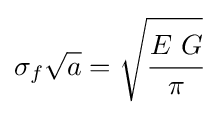
\sigma _{f}{\sqrt {a}}={\sqrt {\cfrac {E~G}{\pi }}}